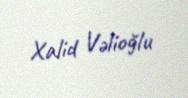
Xalid Vəlioğlu